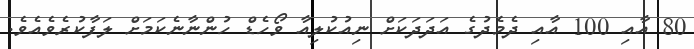
80 އާއި 100 އާއި ދެމެދުގެ އަދަދަކަށް ނިއުކުލިއާ ވޯހެޑް ހުންނާނެކަމަށް ލަފާކުރެވެއެވެ.